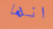
انها